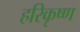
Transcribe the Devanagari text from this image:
हरिकृष्‍ण